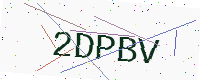
Text: 2DPBV